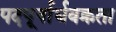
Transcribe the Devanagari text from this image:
पदपूर्वार्धवक्रता